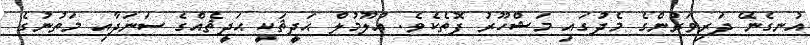
އުނގެނޭ ދަރިވަރުންގެ މެދުގައި މަޝްހޫރު ފޮތެކެވެ. ޢުލޫމުލް ޙަދީޘަކީ ޙަދީޘެއްގެ ސަނަދާއި މަތުނުގެ